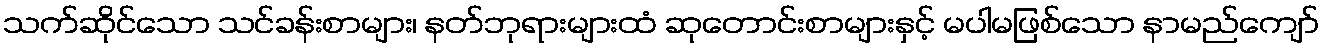
သက်ဆိုင်သော သင်ခန်းစာများ၊ နတ်ဘုရားများထံ ဆုတောင်းစာများနှင့် မပါမဖြစ်သော နာမည်ကျော်